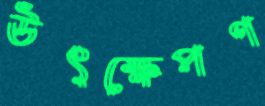
উৎক্ষেপণ